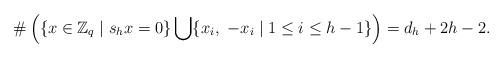
LaTeX: \begin{align*}\#\left(\{x\in \mathbb{Z}_q\mid s_{h}x=0\}\bigcup\{x_i,\ -x_i\mid 1\leq i\leq h-1\}\right)=d_{h}+2h-2.\end{align*}